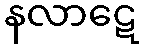
နလာဋေ